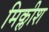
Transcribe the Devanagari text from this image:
मिक्लीश